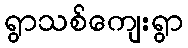
ရွာသစ်ကျေးရွာ